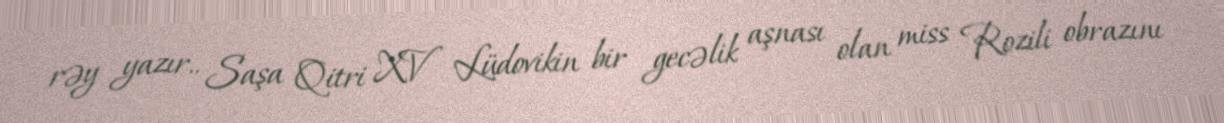
rəy yazır.. Saşa Qitri XV Lüdovikin bir gecəlik aşnası olan miss Rozili obrazını